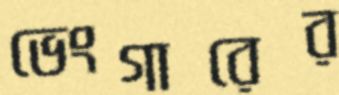
ভেংগারের